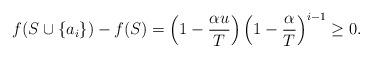
LaTeX: \begin{align*}f(S\cup\{a_i\})-f(S)=\left(1-\frac{\alpha u}{T}\right)\left(1-\frac{\alpha}{T}\right)^{i-1}\ge 0.\end{align*}